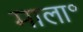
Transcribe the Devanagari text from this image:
माला॰